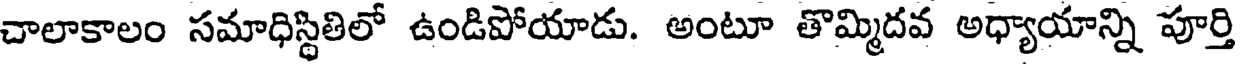
చాలాకాలం సమాధిస్థితిలో ఉండిపోయాడు. అంటూ తొమ్మిదవ అధ్యాయాన్ని పూర్తి